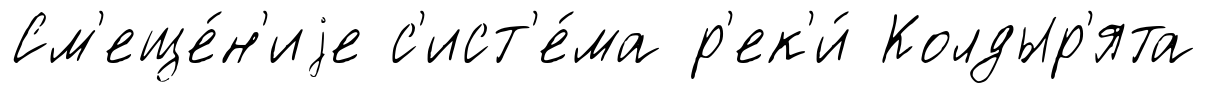
См'еще́н'иjе с'ист'е́ма р'ек'и́ Колдыр'ята